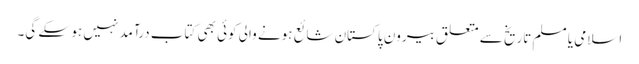
اسلامی یا مسلم تاریخ سے متعلق بیرونِ پاکستان شائع ہونے والی کوئی بھی کتاب درآمد نہیں ہو سکے گی۔